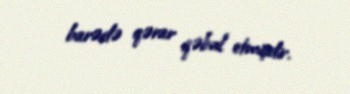
barədə qərar qəbul etmişdir.